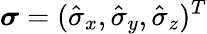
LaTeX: \boldsymbol{\sigma}=(\hat{\sigma}_{x},\hat{\sigma}_{y},\hat{\sigma}_{z})^{T}